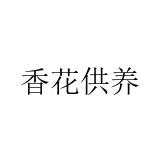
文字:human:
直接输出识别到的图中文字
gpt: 香花供养